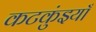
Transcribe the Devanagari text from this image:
कटकुंइयाँ